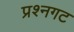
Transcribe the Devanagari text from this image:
प्रश्नगट